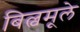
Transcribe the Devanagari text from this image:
बिल्वमूले